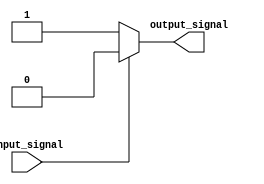
module BehavioralModelingBlock(
    input wire input_signal,
    output reg output_signal
);

initial begin
    if(input_signal == 1'b0) begin
        output_signal <= 1'b1; // output_signal is set to 1 if input_signal is 0
    end else begin
        output_signal <= 1'b0; // output_signal is set to 0 if input_signal is 1
    end
end

endmodule